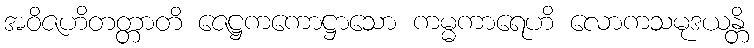
အဝိဇဟိတတ္တာတိ ဇေဋ္ဌကကောဋ္ဌာသော ကမ္မကာရေဟိ လောကသမုဒယန္တိ